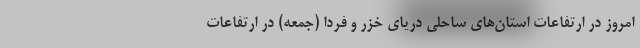
امروز در ارتفاعات استان‌های ساحلی دریای خزر و فردا (جمعه) در ارتفاعات